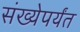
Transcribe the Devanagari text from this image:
संख्येपर्यंत